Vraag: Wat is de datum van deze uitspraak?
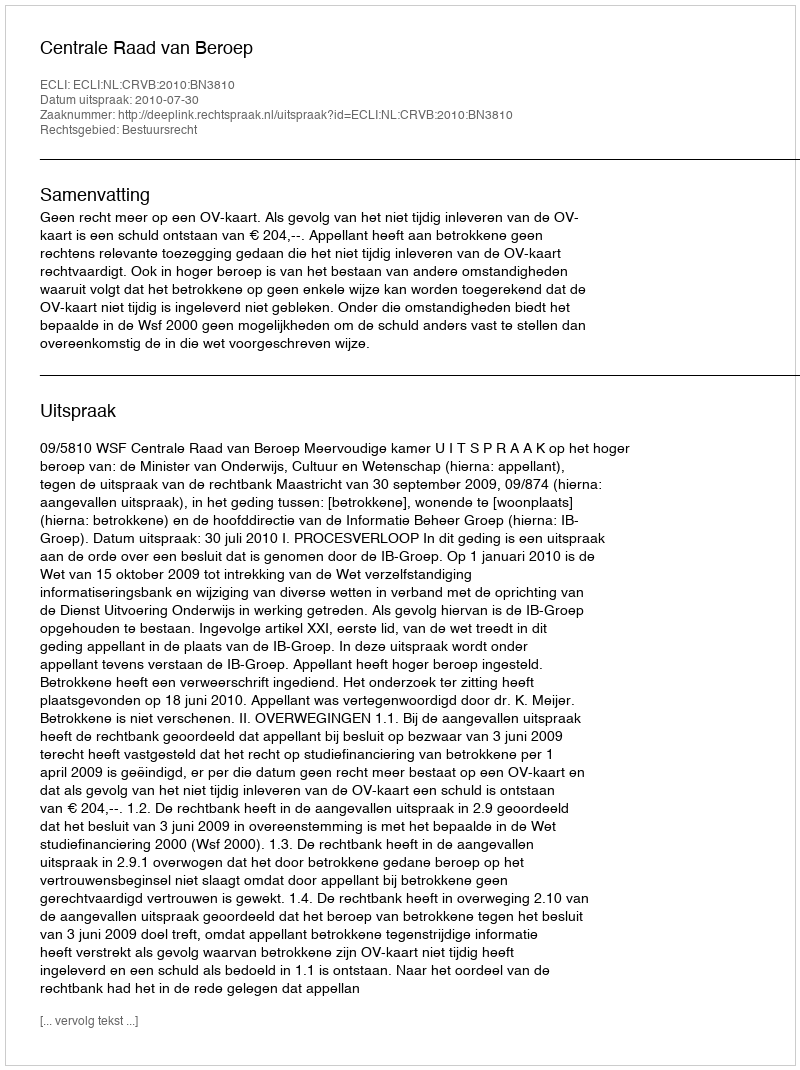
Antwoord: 2010-07-30